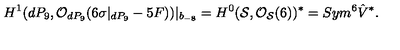
H ^ { 1 } ( d P _ { 9 } , { \cal O } _ { d P _ { 9 } } ( 6 \sigma | _ { d P _ { 9 } } - 5 F ) ) | _ { b _ { - 8 } } = H ^ { 0 } ( { \cal S } , { \cal O } _ { { \cal S } } ( 6 ) ) ^ { * } = S y m ^ { 6 } \hat { V } ^ { * } .